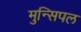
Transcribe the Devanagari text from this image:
मुन्सिपल